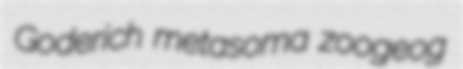
Goderich metasoma zoogeog